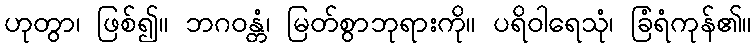
ဟုတွာ၊ ဖြစ်၍။ ဘဂဝန္တံ၊ မြတ်စွာဘုရားကို။ ပရိဝါရေသုံ၊ ခြံရံကုန်၏။